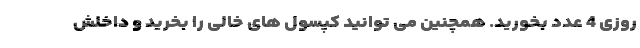
روزی 4 عدد بخورید. همچنین می توانید کپسول های خالی را بخرید و داخلش